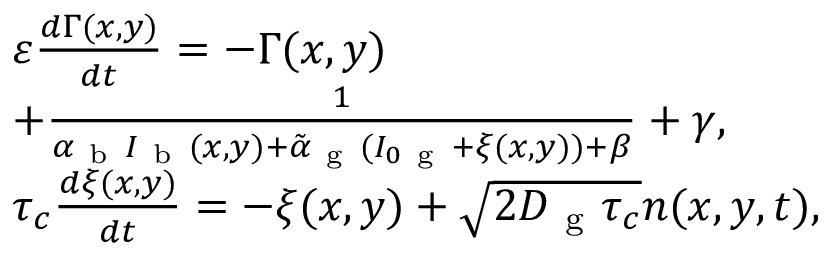
\begin{array} { l } { \varepsilon \frac { d \Gamma ( x , y ) } { d t } = - \Gamma ( x , y ) } \\ { + \frac { 1 } { \alpha _ { \mathrm { ~ b ~ } } I _ { \mathrm { ~ b ~ } } ( x , y ) + \tilde { \alpha } _ { \mathrm { ~ g ~ } } ( I _ { 0 \mathrm { ~ g ~ } } + \xi ( x , y ) ) + \beta } + \gamma , } \\ { \tau _ { c } \frac { d \xi ( x , y ) } { d t } = - \xi ( x , y ) + \sqrt { 2 D _ { \mathrm { ~ g ~ } } \tau _ { c } } n ( x , y , t ) , } \end{array}